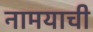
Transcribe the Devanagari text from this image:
नामयाची